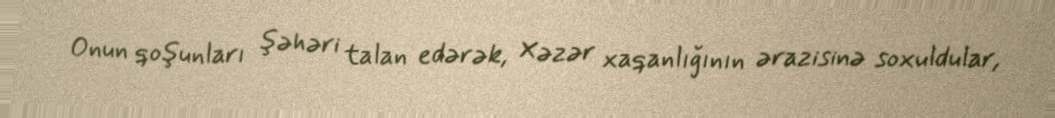
Onun qoşunları şəhəri talan edərək, Xəzər xaqanlığının ərazisinə soxuldular,